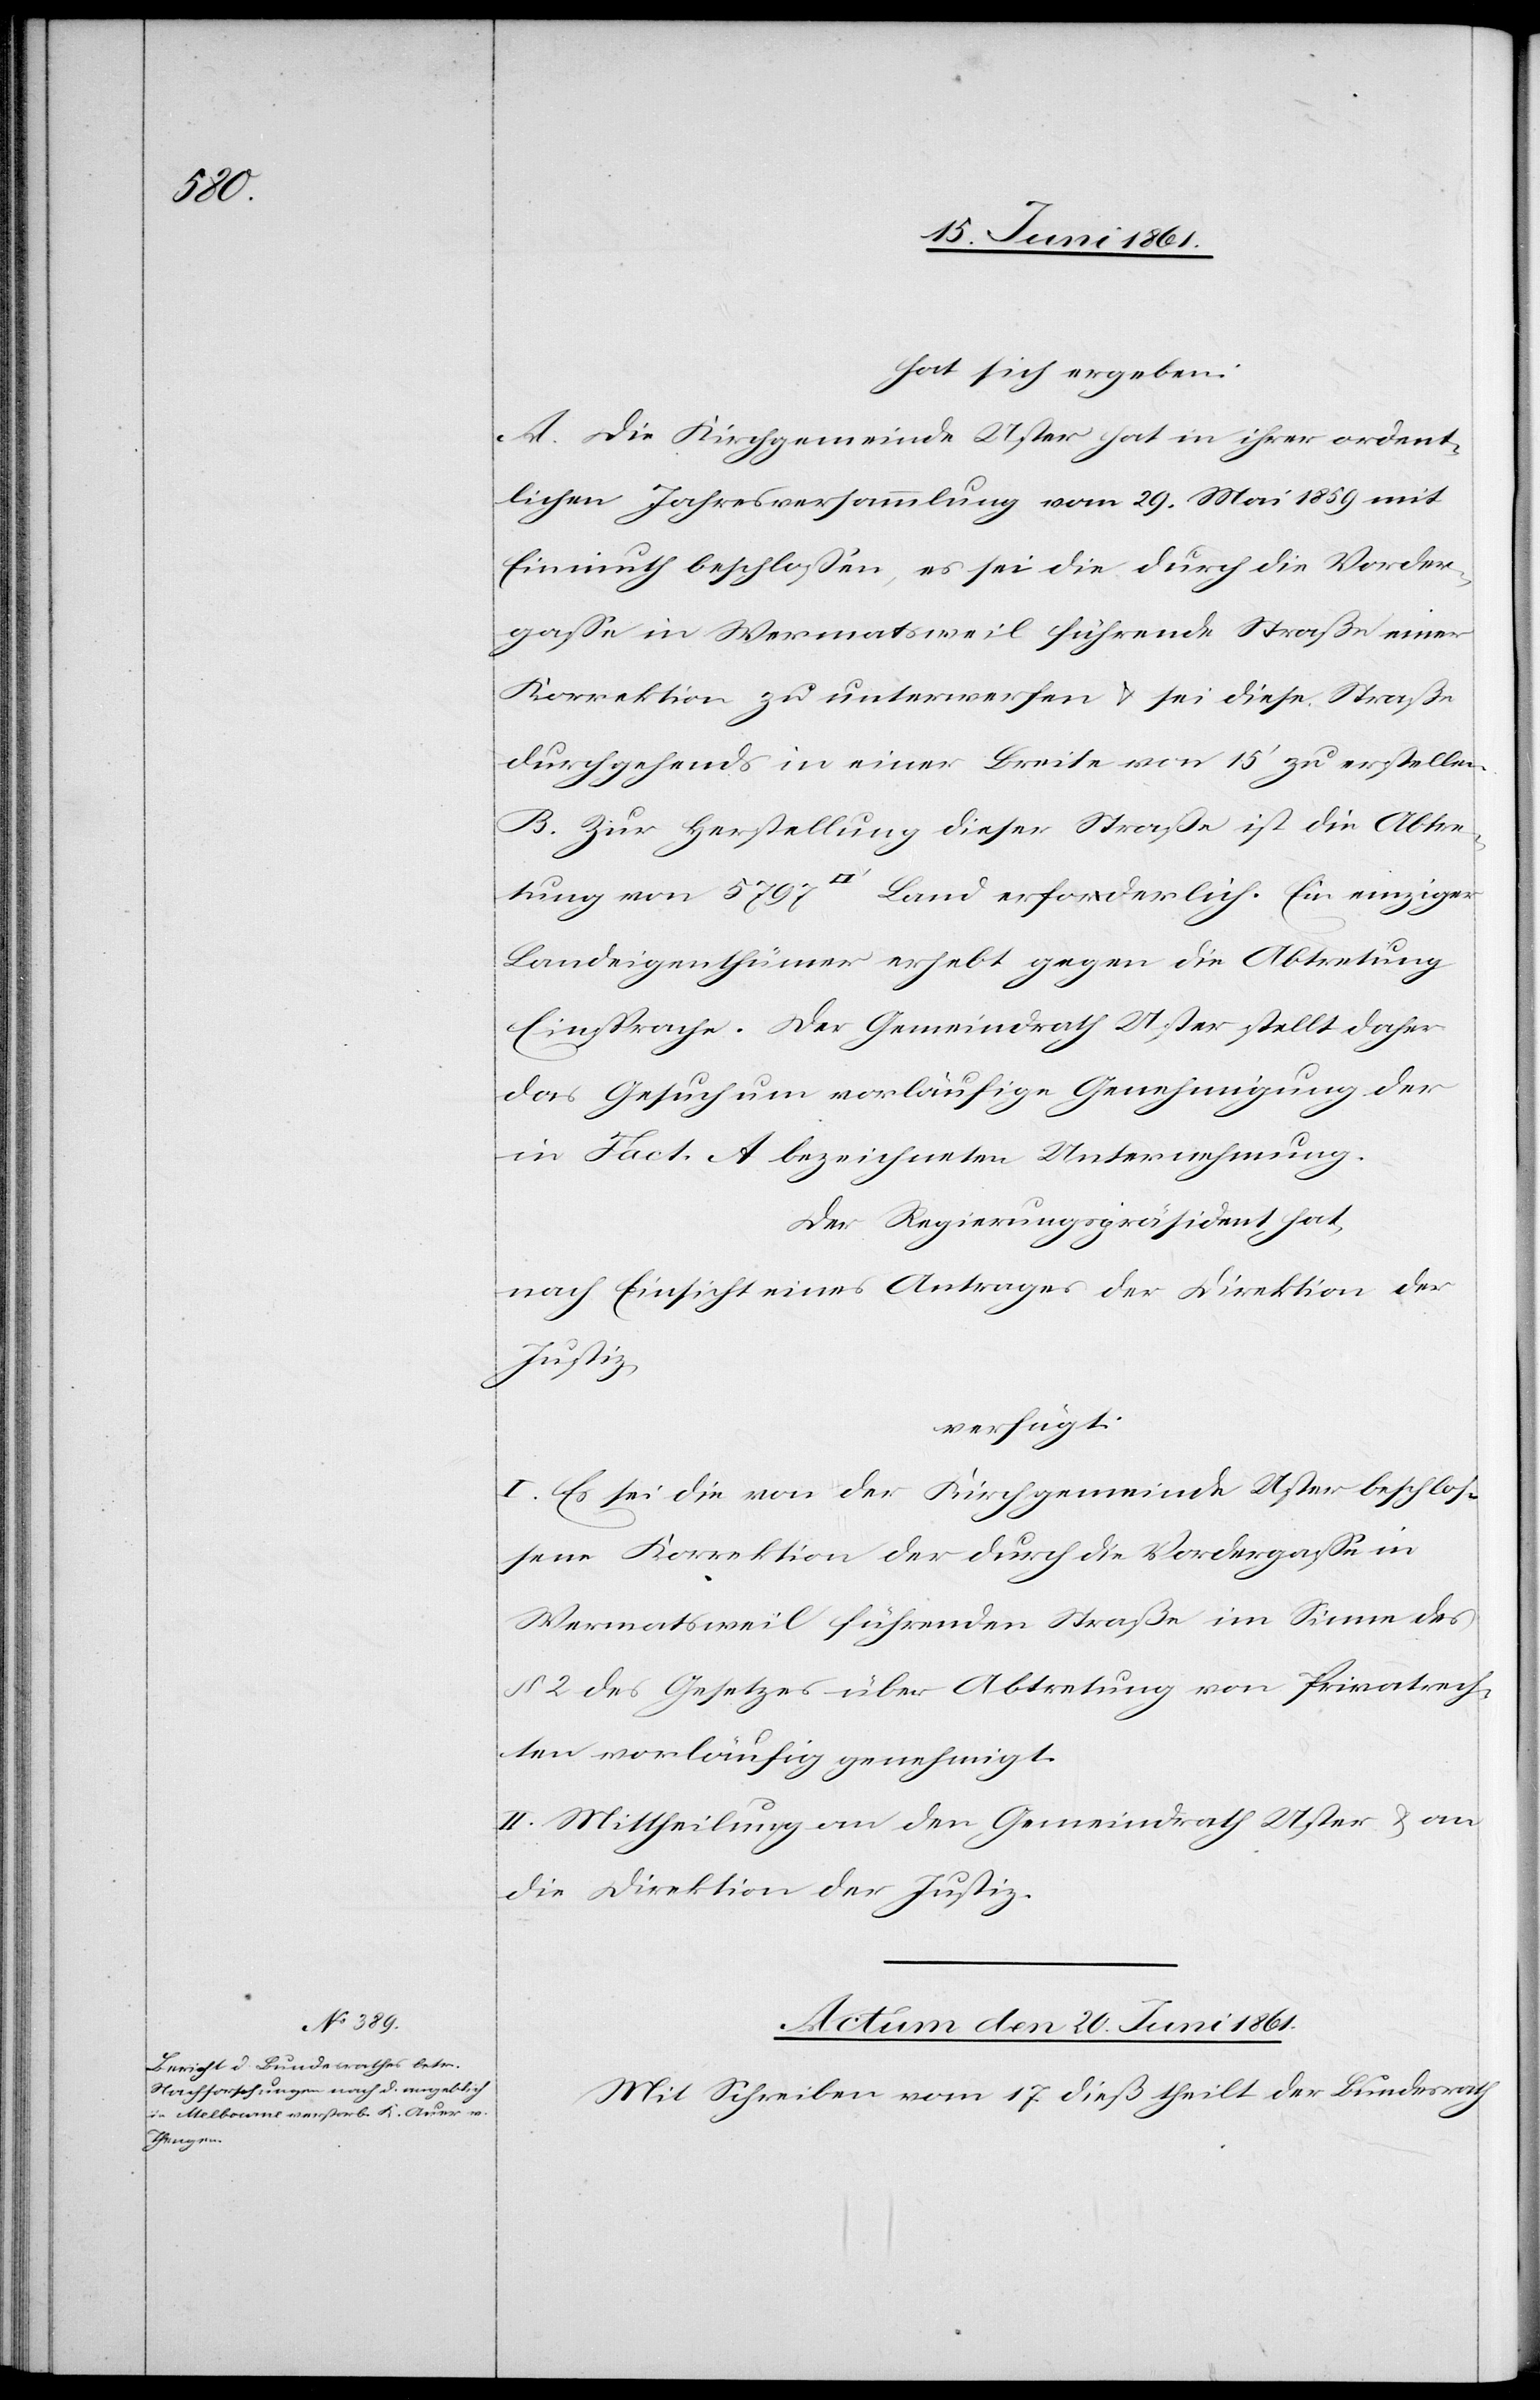
hat sich ergeben:
A. Die Kirchgemeinde Uster hat in ihrer ordent¬
lichen Jahresversammlung vom 29. Mai 1859 mit
Einmuth beschlossen, es sei die durch die Vorder¬
gasse in Wermatsweil führende Straße einer
Korrektion zu unterwerfen u. sei diese Straße
durchgehends in einer Breite von 15’ zu erstellen.
B. Zur Herstellung dieser Straße ist die Abtre¬
tung von 5797 [Quadratfuß] Land erforderlich. Ein einziger
Landeigenthümer erhebt gegen die Abtretung
Einsprache. Der Gemeindrath Uster stellt daher
das Gesuch um vorläufige Genehmigung der
in Fact. A bezeichneten Unternehmung.
nach Einsicht eines Antrages der Direktion der
Justiz,
verfügt:
I. Es sei die von der Kirchgemeinde Uster beschlos¬
sene Korrektion der durch die Vordergasse in
Wermatsweil führenden Straße im Sinne des
§ 2 des Gesetzes über Abtretung von Privatrech¬
ten vorläufig genehmigt.
II. Mittheilung an den Gemeindrath Uster u. an
die Direktion der Justiz.
Actum den 20. Juni 1861.
Mit Schreiben vom 17. dieß theilt der Bundesrath